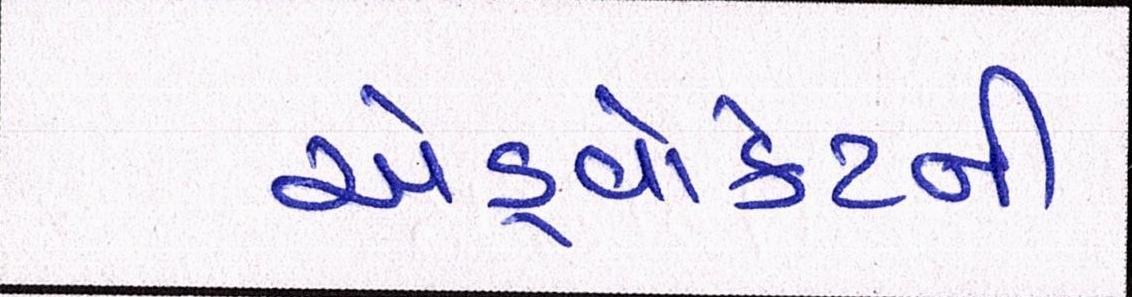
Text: એડ્વોકેટની